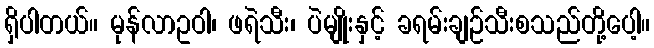
ရှိပါတယ်။ မုန်လာဥဝါ၊ ဖရဲသီး၊ ပဲမျိုးနှင့် ခရမ်းချဉ်သီးစသည်တို့ပေါ့။